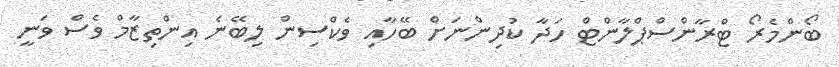
ބޯންމެރޯ ޓްރާންސްޕްލާންޓް ހަދާ ކުދިންނަށް ބޭހާއި ވެކްސިން ލިބޭނެ އިންތިޒާމް ވެސް ވަނީ